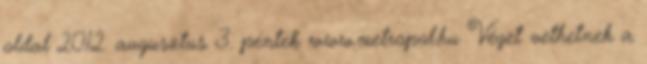
oldal 2012. augusztus 3. péntek www.metropol.hu Véget vethetnek a